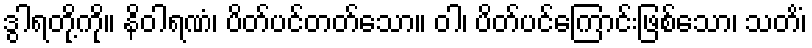
ဒွါရတို့ကို။ နိဝါရဏံ၊ ပိတ်ပင်တတ်သော။ ဝါ၊ ပိတ်ပင်ကြောင်းဖြစ်သော၊ သတိံ၊